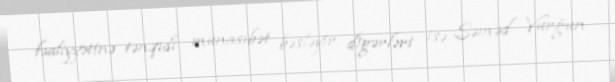
fəaliyyətinə tənqidi münasibət bəsləyir, digərləri isə Səməd Vurğun